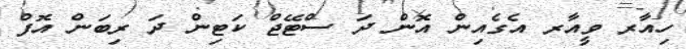
ހިއާރ ވީއާރ އެގެއިން އޮން ދަ ސްޓޭޖް ކަޓިން ދަ ރިބަން އޮފް